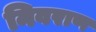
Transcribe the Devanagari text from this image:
निवराण